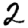
Digit: 2